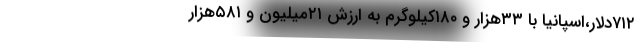
۷۱۲دلار،اسپانیا با ۳۳هزار و ۱۸۰کیلوگرم به ارزش ۲۱میلیون و ۵۸۱هزار